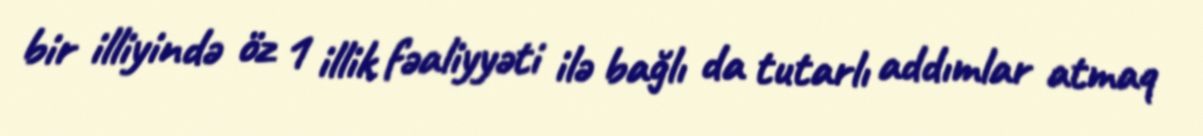
bir illiyində öz 1 illik fəaliyyəti ilə bağlı da tutarlı addımlar atmaq